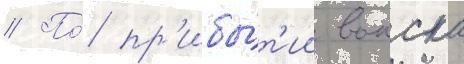
// По́ пр'ибы́т'ии воиска